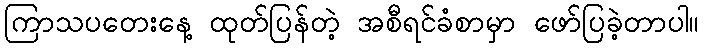
ကြာသပတေးနေ့ ထုတ်ပြန်တဲ့ အစီရင်ခံစာမှာ ဖော်ပြခဲ့တာပါ။